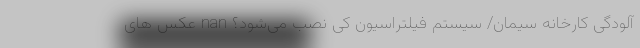
آلودگی کارخانه سیمان/ سیستم فیلتراسیون کی نصب می‌شود؟ nan عکس های